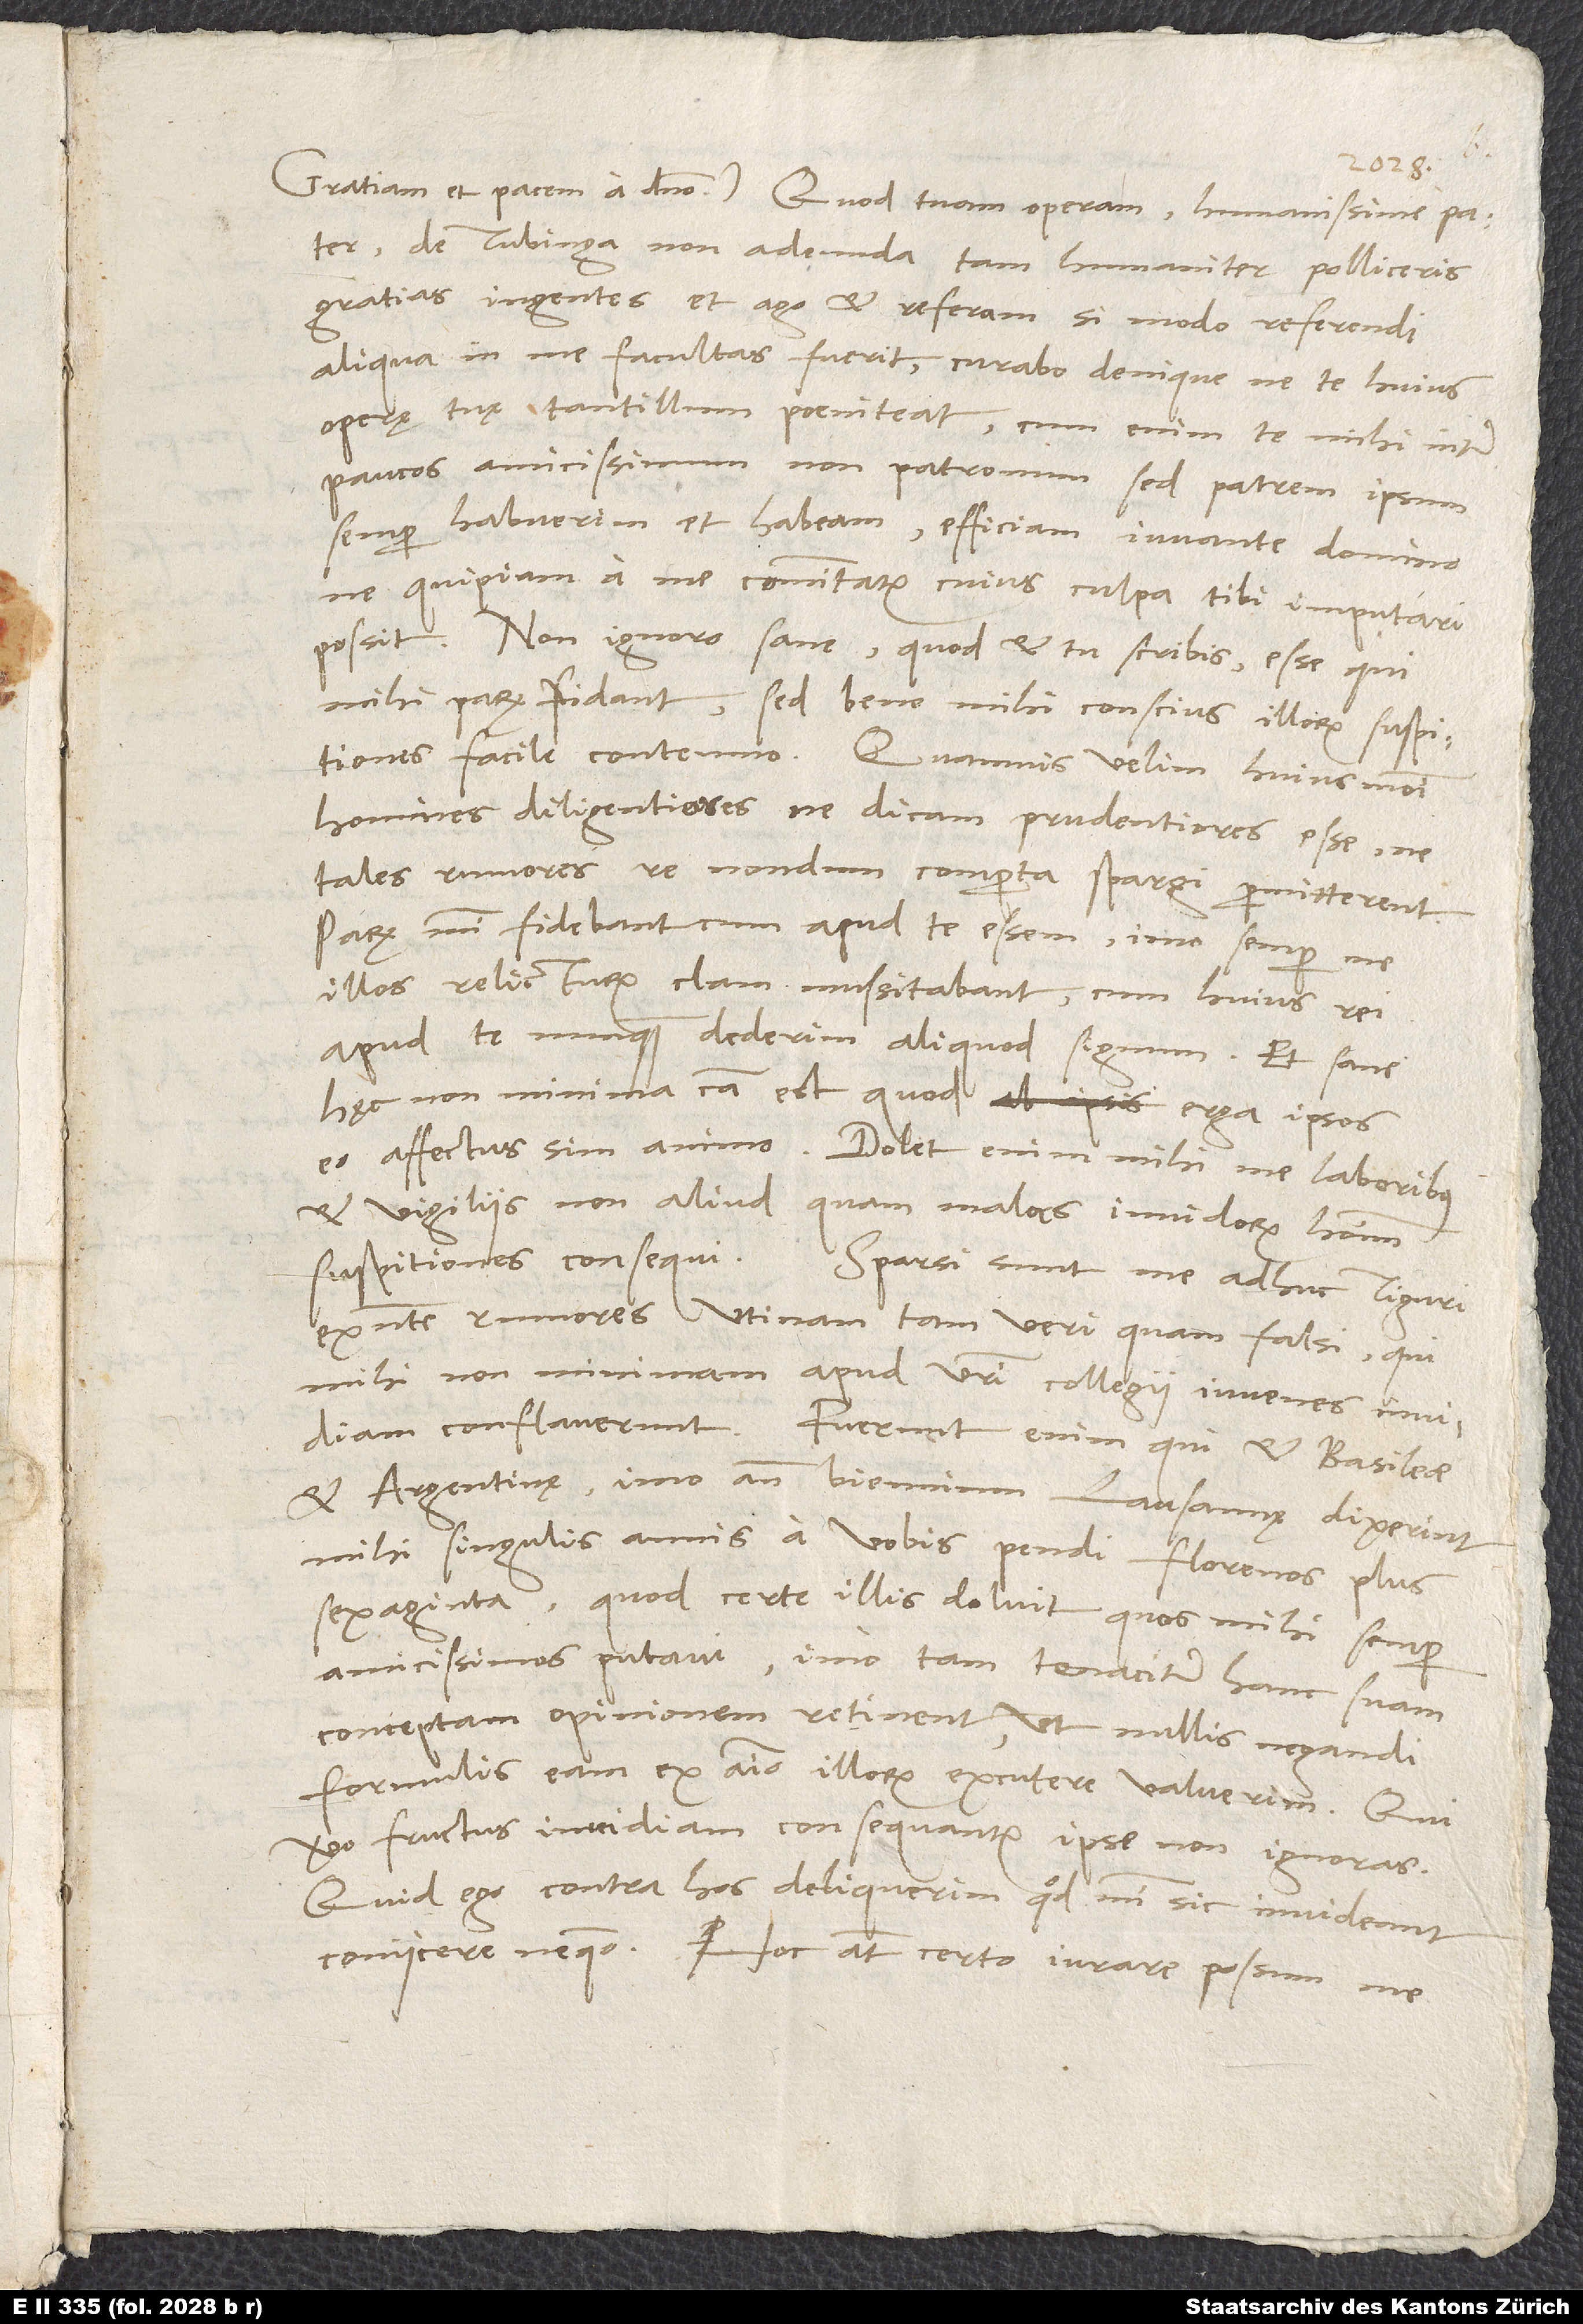
de Tubinga non adeunda tam humaniter polliceris,
gratias ingentes et ago et referam, si modo referendi
aliqua in me facultas fuerit; curabo denique, ne te huius
operę tuę tantillum poeniteat. Cum enim te mihi inter
paucos amicissimum non patronum, sed patrem ipsum
semper habuerim et habeam, efficiam iuvante domino,
ne quidpiam a me committatur, cuius culpa tibi imputari
Non ignoro sane - quod et tu scribis - esse, qui
mihi parum fidant; sed bene mihi conscius illorum suspitiones
facile contemno. Quamvis velim huiusmodi
homines diligentiores, ne dicam prudentiores esse, ne
tales rumores re nondum comperta spargi permitterent.
Parum mihi fidebant, cum apud te essem, imo semper me
illos relicturum clam mussitabant, cum huius rei
apud te nunquam dederim aliquod signum. Et sane
hęc non minima causa est, quod erga ipsos
eo affectus sim animo. Dolet enim mihi me laboribus
et vigiliis non aliud quam malas invidorum hominum
suspitiones consequi. Sparsi sunt me adhuc Tiguri
existente rumores, utinam tam veri quam falsi, qui
mihi non minimam apud vestri collegii iuvenes invidiam
conflaverunt. Fuerunt enim, qui et Basileae
et Argentinę, imo ante biennium Lausannę dixerint
mihi singulis annis a vobis pendi florenos plus
sexaginta, quod certe illis doluit, quos mihi semper
amicissimos putavi; imo tam tenaciter hanc suam
conceptam opinionem retinent, ut nullis negandi
formulis eam ex animo illorum excutere valuerim. Qui
vero fructus invidiam consequantur, ipse non ignoras.
Quid ego contra hos deliquerim, quod mihi sic invideant,
coniicere nequeo. Hoc autem certo iurare possum me